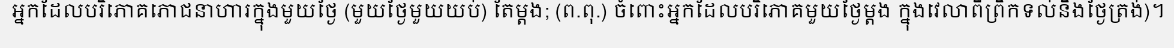
អ្នកដែលបរិភោគភោជនាហារក្នុងមួយថ្ងៃ (មួយថ្ងៃមួយយប់) តែម្តង; (ព.ពុ.) ចំពោះអ្នកដែលបរិភោគមួយថ្ងៃម្តង ក្នុងវេលាពីព្រឹកទល់នឹងថ្ងៃត្រង់)។